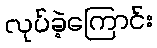
လုပ်ခဲ့ကြောင်း